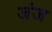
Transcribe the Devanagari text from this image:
जंज